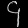
Digit: ၄